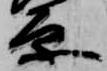
原